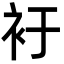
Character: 衧